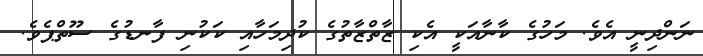
ނަންދިނީ އެވެ. މަހުގެ ކާނާއަކީ އެކި ޒާތްޒާތުގެ ކުދިމަހާއި ކަކުނި ފާނޑުގެ ސޫތްޕެވެ.